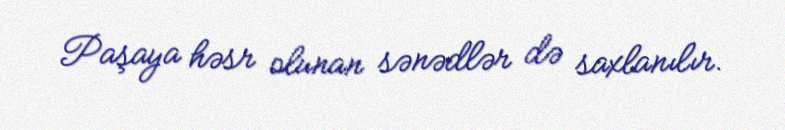
Paşaya həsr olunan sənədlər də saxlanılır.